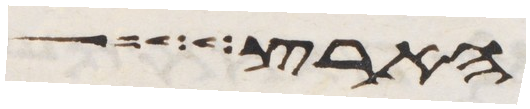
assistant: הארץ